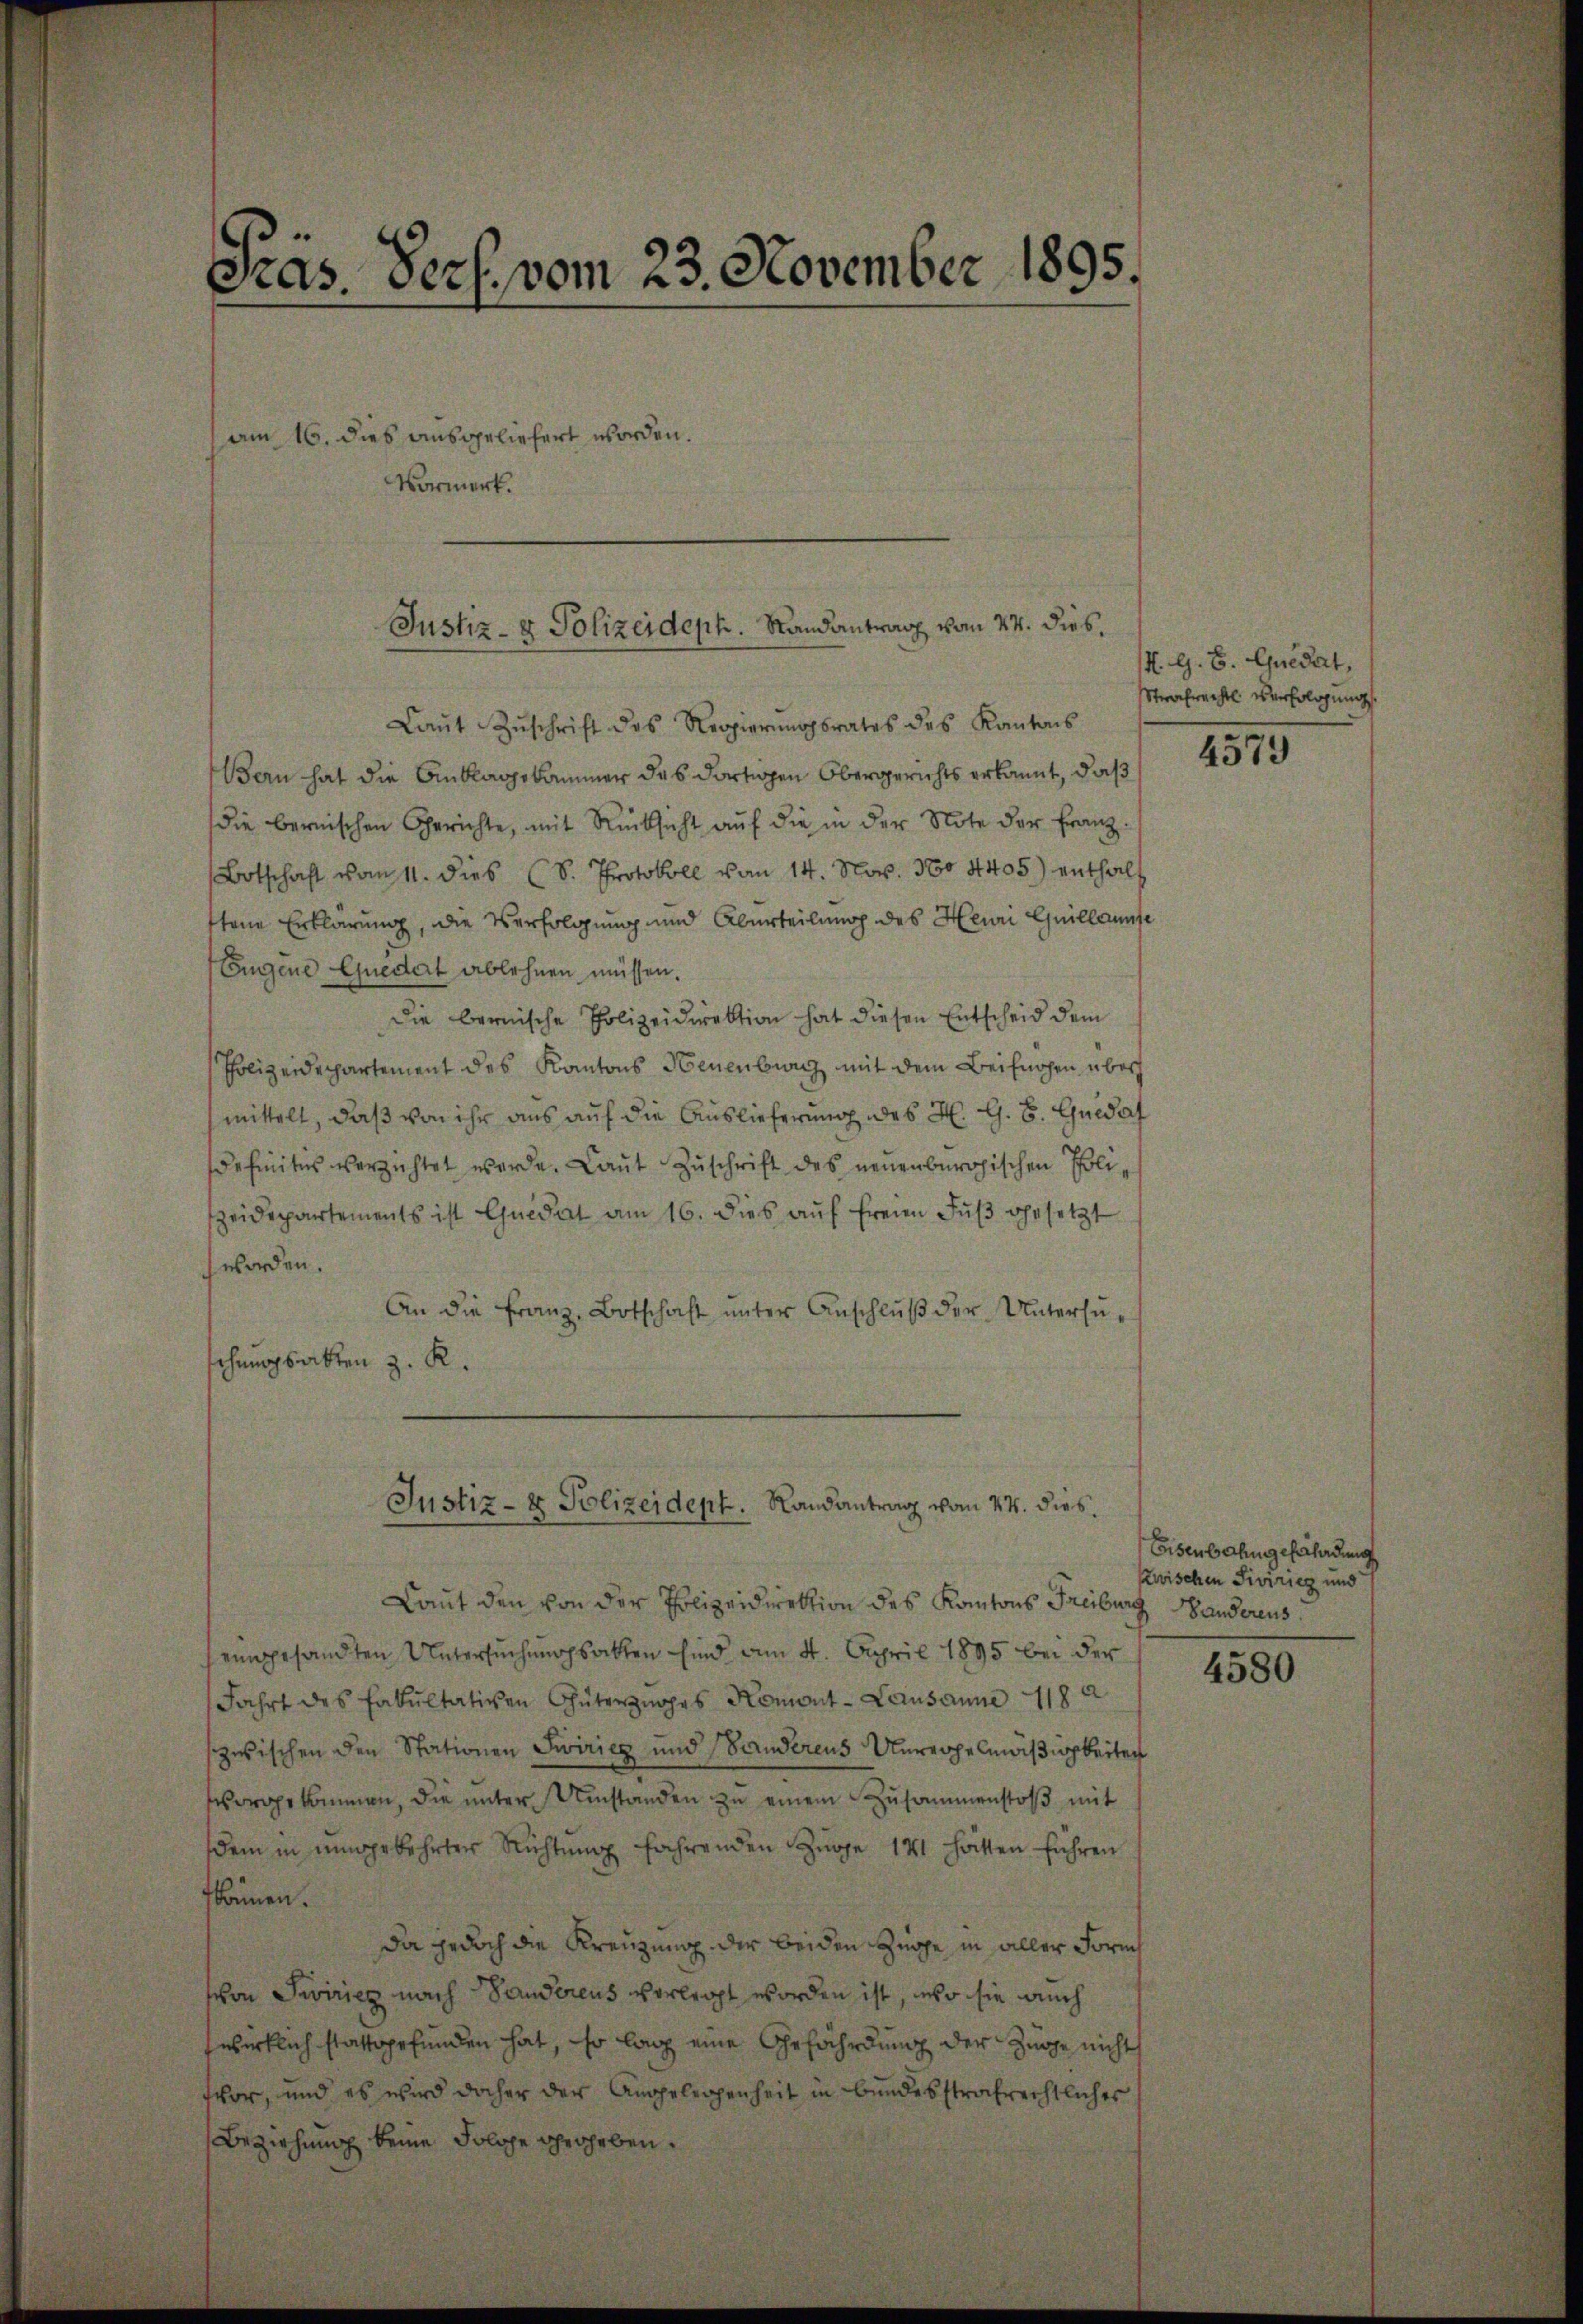
Pras. Pers. vom 23. November 1895.

am 16. dies ausgeliefert worden.
Vormerk.

Justiz- & Polizeideph.   Randantrag von 24. dies.

Laŭt Zŭschrift des Regierŭngsrates des Kantons
Bern hat die Anklagekammer das dortigen Obergerichts erkannt, daß
die bernischen Gerichte, mit Rücksicht aŭf die in der Note der Franz
Botschaft vom 11. dies (S. Protokoll vom 14. Nov. 1604405) enthalt
ttene Erklärung, die Verfolgung und Aburteilung des Hein Guillaumse
Eugene Quedat ablehnen müssen.
Die bernische Polizeidirektion hat diesen Entscheid dem
Polizeidepartement des Kantons Neuenburg mit dem Beifnohen über
mittelt, daß von ihr aus auf die Auslieferung des H. G. B. Guidat
definitus verzichtet werde. Laŭt Zŭschrift des neuenburgischen Polizeidepartements ist Quidat am 16. dies aŭf freien Fŭβ gesetzt
worden.
An die Franz, Botschaft ŭnter Anschlŭβ der Untersuschungsakten z. R.

Laut den von der Polizeidirektion des Kantons Freiburg Banderens
eingesandten Untersuchungsakten sind am 4. April 1895 bei der
Fahrt des Fakultativen Güterzuges Romont- Lausanne 1182
zwischen den Stationen Swiricz und Sanderens Unregelmäßigkeiten
vorgekommen, die ŭnter Umstanden zŭ einem Zusammenstoβ mit
dem in umgekehrter Richtung fahrenden Züge 141 hätten führen
können.
Da jedoch die Kreuzung der beiden Zürche in aller Form
von Swiricz nach Sanderens verlegt worden ist, wo sie auch
zwirklich stattgefunden hat, so lag eine Gefährdung der Zuge nicht
vor, und es wird daher der Angelegenheit in bundesstrafrechtliches
Beziehung keine Solche droheben.

Justiz- & Polizeidept. Randantrag vom 14. dies

. G. B. Quidat,
Strafrecht verfolgung.

4579

Eisenbahngefährdung
Zwischen Pierrieg und

4580